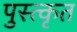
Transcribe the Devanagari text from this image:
पुस्त्कृत